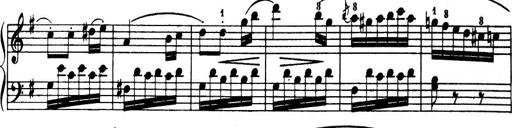
Title: 32 Sonatinas and Rondos for the Piano
Composer: Richard Kleinmichel